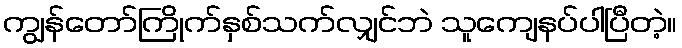
ကျွန်တော်ကြိုက်နှစ်သက်လျှင်ဘဲ သူကျေနပ်ပါပြီတဲ့။